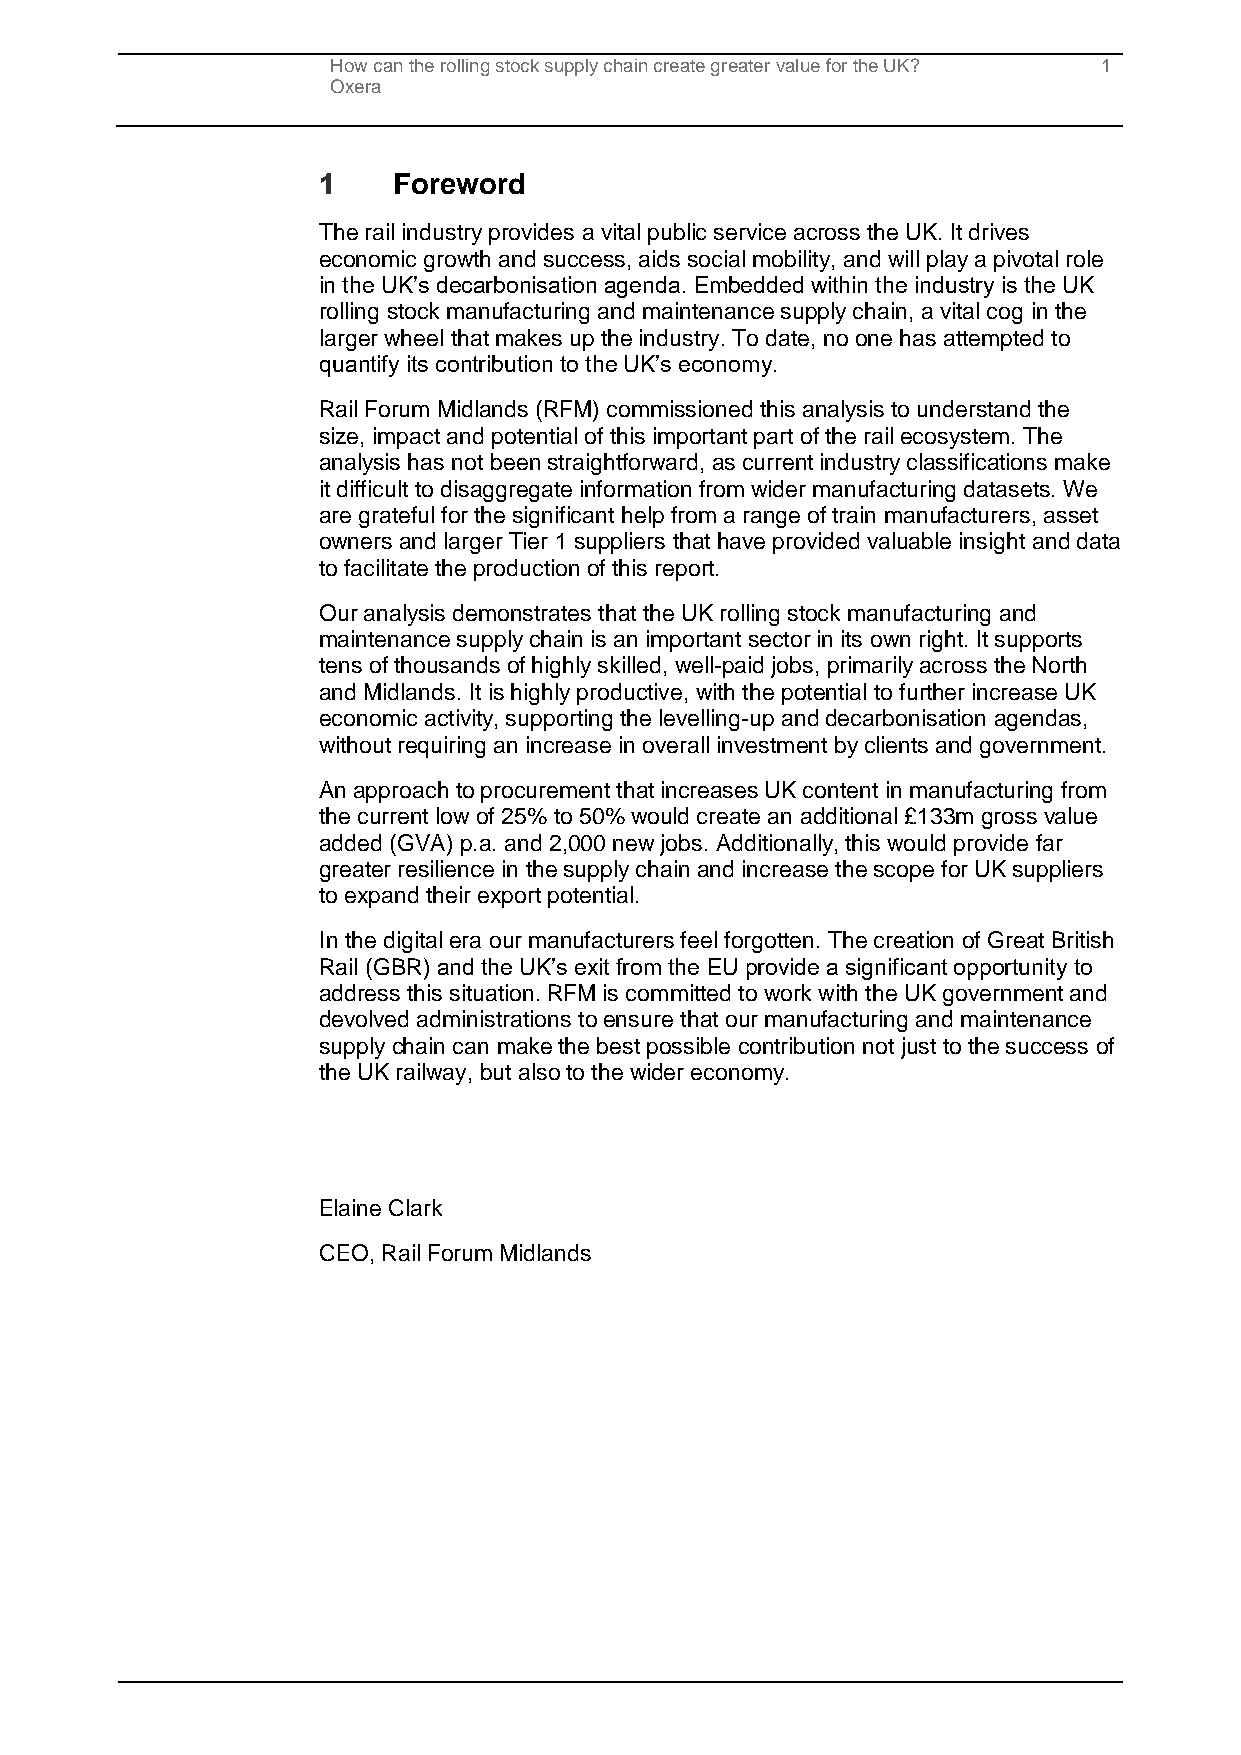
How can the rolling stock supply chain create greater value for the UK? 1
 Oxera
 1    Foreword
 The rail industry provides a vital public service across the UK. It drives
 economic growth and success, aids social mobility, and will play a pivotal role
 in the UK’s decarbonisation agenda. Embedded within the industry is the UK
 rolling stock manufacturing and maintenance supply chain, a vital cog in the
 larger wheel that makes up the industry. To date, no one has attempted to
 quantify its contribution to the UK’s economy.
 Rail Forum Midlands (RFM) commissioned this analysis to understand the
 size, impact and potential of this important part of the rail ecosystem. The
 analysis has not been straightforward, as current industry classifications make
 it difficult to disaggregate information from wider manufacturing datasets. We
 are grateful for the significant help from a range of train manufacturers, asset
 owners and larger Tier 1 suppliers that have provided valuable insight and data
 to facilitate the production of this report.
 Our analysis demonstrates that the UK rolling stock manufacturing and
 maintenance supply chain is an important sector in its own right. It supports
 tens of thousands of highly skilled, well-paid jobs, primarily across the North
 and Midlands. It is highly productive, with the potential to further increase UK
 economic activity, supporting the levelling-up and decarbonisation agendas,
 without requiring an increase in overall investment by clients and government.
 An approach to procurement that increases UK content in manufacturing from
 the current low of 25% to 50% would create an additional £133m gross value
 added (GVA) p.a. and 2,000 new jobs. Additionally, this would provide far
 greater resilience in the supply chain and increase the scope for UK suppliers
 to expand their export potential.
 In the digital era our manufacturers feel forgotten. The creation of Great British
 Rail (GBR) and the UK’s exit from the EU provide a significant opportunity to
 address this situation. RFM is committed to work with the UK government and
 devolved administrations to ensure that our manufacturing and maintenance
 supply chain can make the best possible contribution not just to the success of
 the UK railway, but also to the wider economy.
 Elaine Clark
 CEO, Rail Forum Midlands